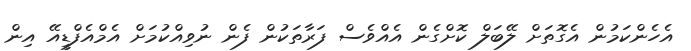
އެހެންކަމުން އެގޮތަށް ލޭބަލް ކޮށްގެން އެއްވެސް ފަރާތަކުން ފެން ނުވިއްކުމަށް އެމްއެފްޑީއޭ އިން